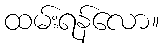
ထမ်းရန်လော။